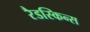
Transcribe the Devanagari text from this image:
रैडस्किन्स